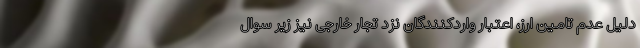
دلیل عدم تامین ارز، اعتبار واردکنندگان نزد تجار خارجی نیز زیر سوال